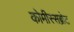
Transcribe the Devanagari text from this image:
कोमीस्सब्रोट